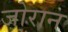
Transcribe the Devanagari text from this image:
जोरान